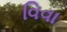
વિવા